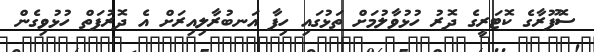
ސޮފޫރާގެ ކޮޓަރީގެ ދޮރު ހުޅުވާލުމަށް ތަޅުގައި ހިފާ އަނބުރާލިއިރަށް އެ ދޮރުފަތް ހުޅުވިގެން